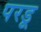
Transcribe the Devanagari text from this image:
परडू